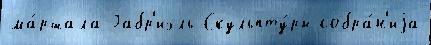
ма́ршала Габр'иэль Скульпту́ры собра́н'иjа